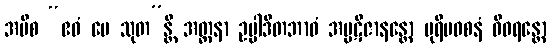
အပိစ “ဧဝံ မေ သုတ”န္တိ အတ္တနာ ဥပ္ပါဒိတဘာဝံ အပ္ပဋိဇာနန္တော ပုရိမဝစနံ ဝိဝရန္တော